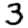
Digit: 3